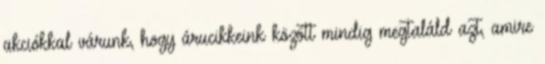
akciókkal várunk, hogy árucikkeink között mindig megtaláld azt, amire